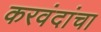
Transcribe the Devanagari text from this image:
करवंदांचा